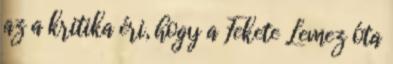
az a kritika éri, hogy a Fekete Lemez óta